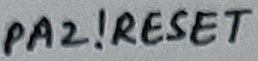
Text: PA2!RESET